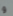
و